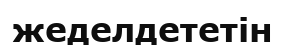
жеделдететін